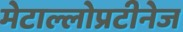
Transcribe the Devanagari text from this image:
मेटाल्लोप्रटीनेज